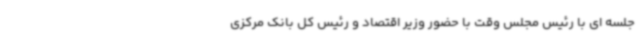
جلسه ای با رئیس مجلس وقت با حضور وزیر اقتصاد و رئیس کل بانک مرکزی